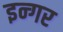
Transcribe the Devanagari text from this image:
इन्गर